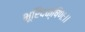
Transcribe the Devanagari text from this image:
भूरिदक्षिणः।।